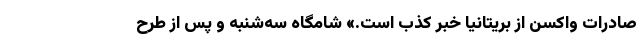
صادرات واکسن از بریتانیا خبر کذب است.» شامگاه سه‌شنبه و پس از طرح